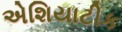
એશિયાટીક